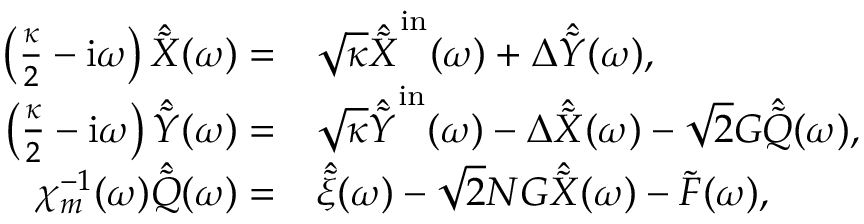
\begin{array} { r l } { \left( \frac { \kappa } { 2 } - \mathrm { i } \omega \right) \hat { \tilde { X } } ( \omega ) = } & { \sqrt { \kappa } \hat { \tilde { X } } ^ { \mathrm { i n } } ( \omega ) + \Delta \hat { \tilde { Y } } ( \omega ) , } \\ { \left( \frac { \kappa } { 2 } - \mathrm { i } \omega \right) \hat { \tilde { Y } } ( \omega ) = } & { \sqrt { \kappa } \hat { \tilde { Y } } ^ { \mathrm { i n } } ( \omega ) - \Delta \hat { \tilde { X } } ( \omega ) - \sqrt { 2 } G \hat { \tilde { Q } } ( \omega ) , } \\ { \chi _ { m } ^ { - 1 } ( \omega ) \hat { \tilde { Q } } ( \omega ) = } & { \hat { \tilde { \xi } } ( \omega ) - \sqrt { 2 } N G \hat { \tilde { X } } ( \omega ) - \tilde { F } ( \omega ) , } \end{array}